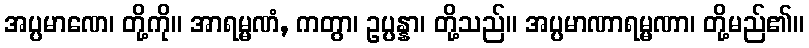
အပ္ပမာဏေ၊ တို့ကို။ အာရမ္မဏံ, ကတွာ၊ ဥပ္ပန္နာ၊ တို့သည်။ အပ္ပမာဏာရမ္မဏာ၊ တို့မည်၏။